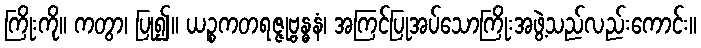
ကြိုးကို။ ကတွာ၊ ပြု၍။ ယဉ္စကတရဇ္ဇုဗ္ဗန္ဓနံ၊ အကြင်ပြုအပ်သောကြိုးအဖွဲ့သည်လည်းကောင်း။